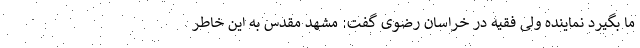
ما بگیرد نماینده ولی فقیه در خراسان رضوی گفت: مشهد مقدس به این خاطر